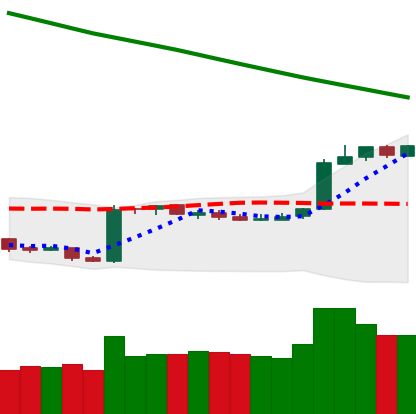
Ticker: BTC-USD
Chart end date: 2019-02-22
Forward return: -3.857%
Label: down_3_5